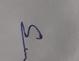
Signature authenticity: genuine